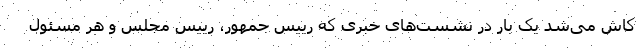
کاش می‌شد یک بار در نشست‌های خبری که رییس جمهور، رییس مجلس و هر مسئول